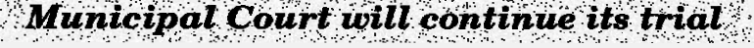
Municipal Court will continue its trial